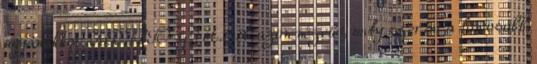
ugyanakkor KRISTÓ GYULA azon nézetét, mely szerint a fontosabb